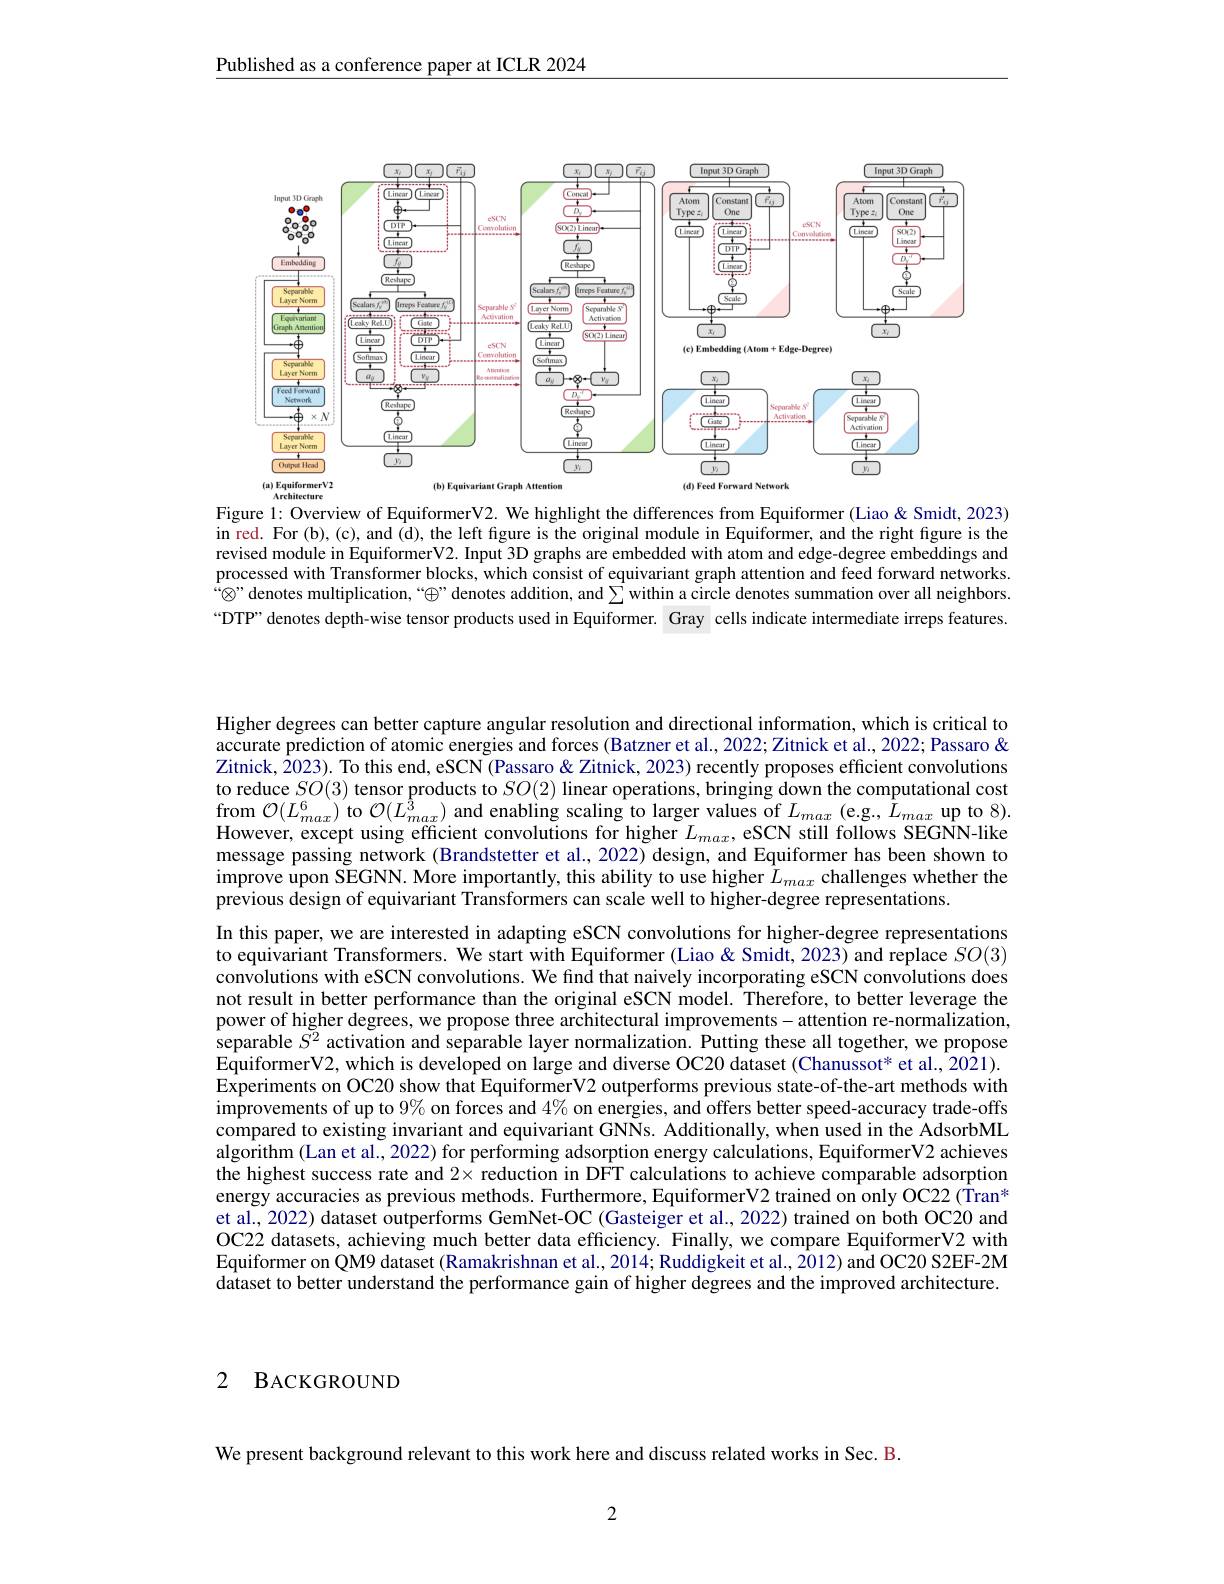
Published as a conference paper at ICLR 2024

<FigureHere>
Figure 1: Overview of EquiformerV2. We highlight the differences from Equiformer (Liao & Smidt, 2023)

$\bar{\text{in red. For (b),(c),and (d), the left figure is the original module in Equiformer, and the right figure is the}}$ revised module in EquiformerV2. Input 3D graphs are embedded with atom and edge-degree embeddings and processed with Transformer blocks, which consist of equivariant graph attention and feed forward networks. $\otimes”$denotes multiplication,““$\oplus”$denotes addition, and$\sum$within a circle denotes summation over all neighbors “DTP” denotes depth-wise tensor products used in Equiformer. Gray cells indicate intermediate irreps features.

Higher degrees can better capture angular resolution and directional information, which is critical to accurate prediction of atomic energies and forces (Batzner et al., 2022; Zitnick et al., 2022; Passaro & Zitnick, $\hat{2}023).$ To this end, eSCN (Passaro & Zitnick, 2023) recently proposes efficient convolutions to reduce $SO(3)$ tensor products to $SO(2)$ linear operations, bringing down the computational cost from $\mathcal{O}(L_{max}^{6})$ to $\mathcal{O}(L_{max}^{3})$ and enabling scaling to larger values of $L_{max}$ (e.g., $L_{max}$ up to 8). However, except using efficient convolutions for higher $L_max$, eSCN still follows SEGNN-like message passing network (Brandstetter et al., 2022) design, and Equiformer has been shown to improve upon SEGNN. More importantly, this ability to use higher $\hat{L}_{max}$ challenges whether the previous design of equivariant Transformers can scale well to higher-degree representations
In this paper, we are interested in adapting eSCN convolutions for higher-degree representations to equivariant Transformers. We start with Equiformer (Liao & Smidt, 2023) and replace $SO(3)$ convolutions with eSCN convolutions. We find that naively incorporating eSCN convolutions does not result in better performance than the original eSCN model. Therefore, to better leverage the power of higher degrees, we propose three architectural improvements-attention re-normalization, separable $S^{2}$ activation and separable layer normalization. Putting these all together, we propose EquiformerV2, which is developed on large and diverse OC20 dataset (Chanussot* et al., 2021). Experiments on OC20 show that EquiformerV2 outperforms previous state-of-the-art methods with $\hat{\text{improvements of up to }9\%}\hat{\text{ on forces and }4\%}$ on energies, and offers better speed-accuracy trade-offs compared to existing invariant and equivariant GNNs. Additionally, when used in the AdsorbML algorithm (Lan et al., 2022) for performing adsorption energy calculations, EquiformerV2 achieves the highest success rate and $2\times$ reduction in DFT calculations to achieve comparable adsorption energy accuracies as previous methods. Furthermore, EquiformerV2 trained on only OC22( Tran* et al., 2022) dataset outperforms GemNet-OC (Gasteiger et al., 2022) trained on both OC20 and OC22 datasets, achieving much better data efficiency. Finally, we compare EquiformerV2 with Equiformer on QM9 dataset (Ramakrishnan et al., 2014; Ruddigkeit et al., 2012) and OC20 S2EF-2M dataset to better understand the performance gain of higher degrees and the improved architecture.

2 BACKGROUND

We present background relevant to this work here and discuss related works in Sec. B

2